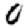
Digit: 0